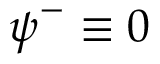
\ensuremath { \boldsymbol { \psi } } ^ { - } \equiv 0